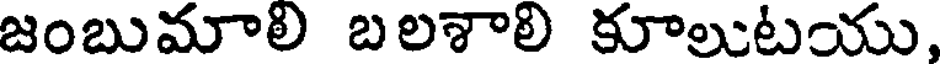
జంబుమాలి బలశాలి కూలుటయు,